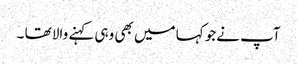
آپ نےجو کہا میں بھی وہی کہنے والا تھا ۔